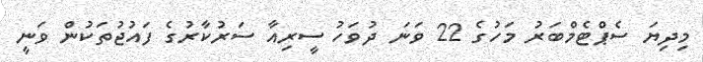
މިދިޔަ ސެޕްޓެމްބަރު މަހުގެ 22 ވަނަ ދުވަހު ސީރިއާ ސަރުކާރުގެ ފައުޖުތަކުން ވަނީ